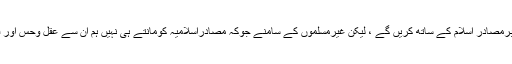
ہم مسلمانوں کے سامنے اسلام کا دفاع کتاب وسنت اورباقی معتبرمصادر اسلام کے ساتھ کریں گے ، لیکن غیرمسلموں کے سامنے جوکہ مصادراسلامیہ کومانتے ہی نہیں ہم ان سے عقل وحس اور فطرتی دلائل کے ساتھ مناظرہ کرکے اسلام کا دفاع کریں گے ۔